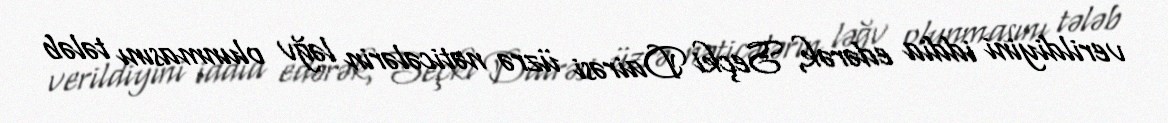
verildiyini iddia edərək, Seçki Dairəsi üzrə nəticələrin ləğv olunmasını tələb